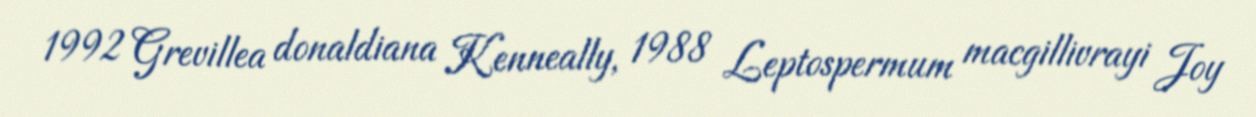
1992 Grevillea donaldiana Kenneally, 1988 Leptospermum macgillivrayi Joy